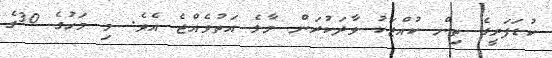
ކުޑަފަރީގެ ތިން ކުއްޖަކު ވާދަކުރަން މާލެ އަތުވެއްޖެ އެވެ. މި މަހުގެ 30ގެ